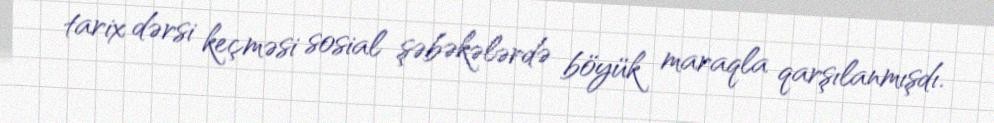
tarix dərsi keçməsi sosial şəbəkələrdə böyük maraqla qarşılanmışdı.